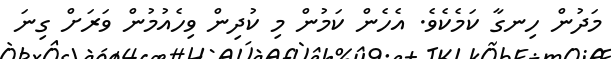
މަދުން ހިނގާ ކަމެކެވެ. އެހެން ކަމުން މި ކުދިިން ވިހެއުމުން ވަރަށް ގިނަ